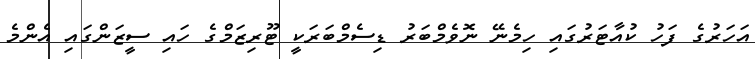
އަހަރުގެ ފަހު ކުއާޓަރުގައި ހިމެނޭ ނޮވެމްބަރު ޑިސެމްބަރަކީ ޓޫރިޒަމްގެ ހައި ސީޒަންގައި އެންމެ